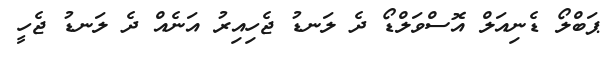
ޕަބްލޯ ޑެނިއަލް އޮސްވަލްޑޯ ދެ ލަނޑު ޖެހިއިރު އަނެއް ދެ ލަނޑު ޖެހީ